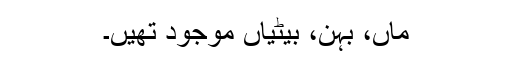
ماں، بہن، بیٹیاں موجود تھیں۔